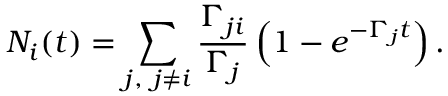
N _ { i } ( t ) = \sum _ { j , \ j \neq i } \frac { \Gamma _ { j i } } { \Gamma _ { j } } \left( 1 - e ^ { - \Gamma _ { j } t } \right) .